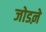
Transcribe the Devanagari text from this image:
जोडऩे